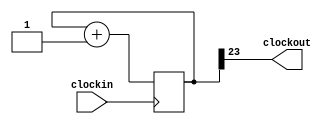
module temporizador(clockin, clockout); 

    input clockin; 
	 output wire clockout; 
	 
     
    reg [25:0] count; 

    always@(posedge clockin) 
    begin 
        count <= count + 1; 
    end 
	 
    assign clockout = count[23]; 
endmodule